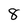
Character: 8